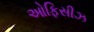
ઓફિસીઝ